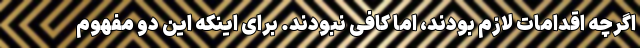
اگرچه اقدامات لازم بودند، اما کافی نبودند. برای اینکه این دو مفهوم